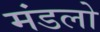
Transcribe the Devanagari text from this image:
मंडलो